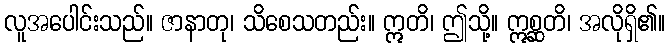
လူအပေါင်းသည်။ ဇာနာတု၊ သိစေသတည်း။ ဣတိ၊ ဤသို့။ ဣစ္ဆတိ၊ အလိုရှိ၏။